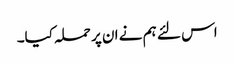
اس لئے ہم نے ان پر حملہ کیا۔